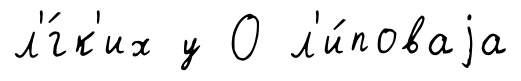
л'́гк'их у О л'и́поваjа